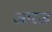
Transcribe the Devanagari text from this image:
जारज़